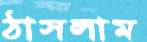
ঠাসলাম